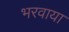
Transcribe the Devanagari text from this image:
भरवाया